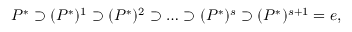
P ^ { * } \supset ( P ^ { * } ) ^ { 1 } \supset ( P ^ { * } ) ^ { 2 } \supset \ldots \supset ( P ^ { * } ) ^ { s } \supset ( P ^ { * } ) ^ { s + 1 } = e ,